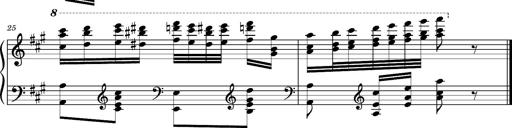
Title: Ungarischer Romanzero
Composer: Franz Liszt